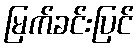
မြက်ခင်းပြင်